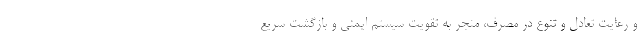
و رعایت تعادل و تنوع در مصرف، منجر به تقویت سیستم ایمنی و بازگشت سریع